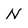
Character: N